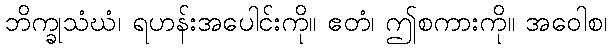
ဘိက္ခုသံဃံ၊ ရဟန်းအပေါင်းကို။ ဧတံ၊ ဤစကားကို။ အဝေါစ၊